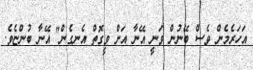
އަހަރެމެން ވެސް ބޭނުން ވަނީ އޭނާ އަށް ވީގޮތް އެނގެން" އޭނާ ބުންޏެވެ.